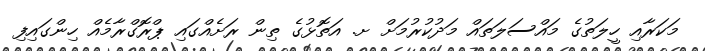
މަކަރާއި ހީލަތުގެ މައްސަލަތައް މަދުކުރުމަށް ށ. އަތޮޅުގެ ތިން ރަށެއްގައި ޕްރޮގްރާމެއް ހިންގައިފި